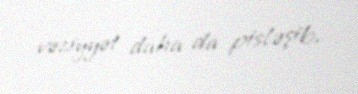
vəziyyət daha da pisləşib.